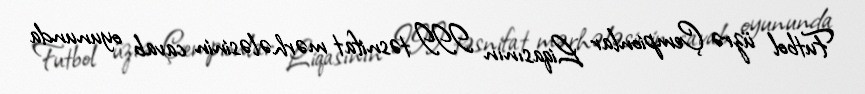
Futbol üzrə Çempionlar Liqasının III təsnifat mərhələsinin cavab oyununda